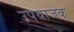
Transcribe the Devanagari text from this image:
उपयाजक